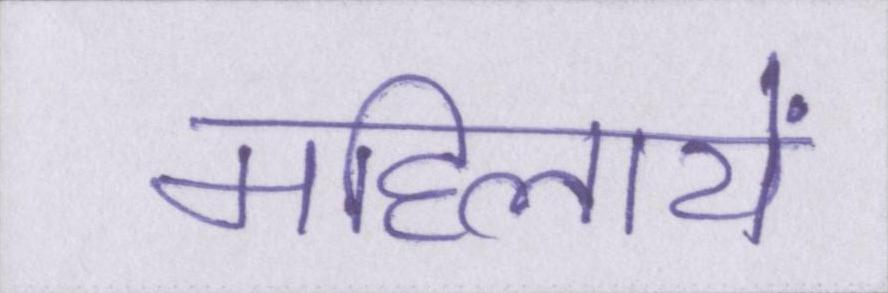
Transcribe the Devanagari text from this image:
महिलायें